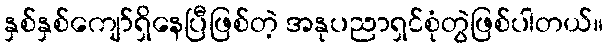
နှစ်နှစ်ကျော်ရှိနေပြီဖြစ်တဲ့ အနုပညာရှင်စုံတွဲဖြစ်ပါတယ်။